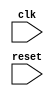
module timing_control (
    input wire clk,
    input wire reset,
    // Add any additional input signals here
    
    // Add any output signals here
);

// Add any internal signals here

// Timing control logic here

endmodule